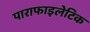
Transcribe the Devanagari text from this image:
पाराफाइलेटिक